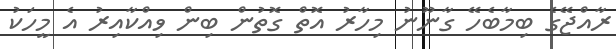
ރާއްޖޭގެ ބިމާބެހޭ ގާނޫނު މިހާރު އޮތް ގޮތުން ބިން ވިއްކާއިރު އެ މީހަކު